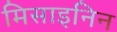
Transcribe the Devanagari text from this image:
मिसाइनिन